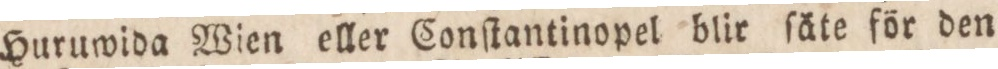
Huruwida Wien eller Conſtantinopel blir ſäte för den